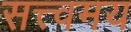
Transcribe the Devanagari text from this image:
सत्त्वमय